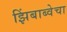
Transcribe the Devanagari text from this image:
झिंबाब्वेचा